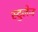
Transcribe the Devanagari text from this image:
स्टुलेज